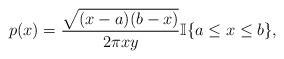
LaTeX: \begin{align*} p(x)=\frac{\sqrt{(x-a)(b-x)}}{2\pi xy} \mathbb I\{a\le x\le b\},\end{align*}